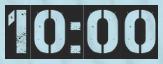
10:00